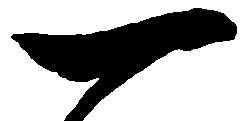
一